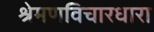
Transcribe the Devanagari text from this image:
श्रेमणविचारधारा